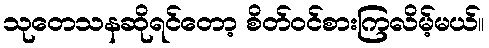
သုတေသနဆိုရင်တော့ စိတ်ဝင်စားကြလိမ့်မယ်။